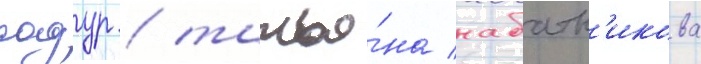
садур / татья́на набатн'икова